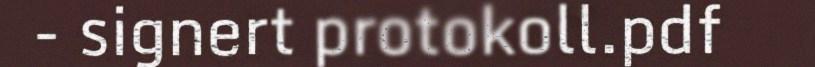
- signert protokoll.pdf